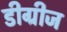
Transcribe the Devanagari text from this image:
डीग्रीज